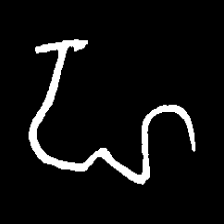
Pyu character \u2014 Myanmar letter: ဟ (romanized: ha)